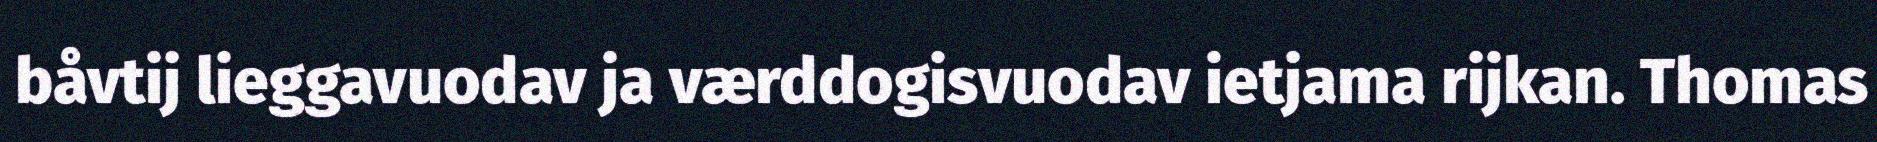
båvtij lieggavuodav ja værddogisvuodav ietjama rijkan. Thomas